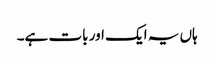
ہاں یہ ایک اور بات ہے۔